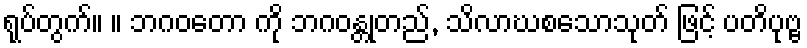
ရုပ်တွက်။ ။ ဘဂဝတော ကို ဘဂဝန္တုတည်, သိလာဃစသောသုတ် ဖြင့် ပတိပုဗ္ဗ